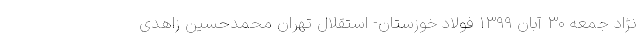
نژاد جمعه ۳۰ آبان ۱۳۹۹ فولاد خوزستان- استقلال تهران محمدحسین زاهدی